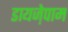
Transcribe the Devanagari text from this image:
डायजे़पाम